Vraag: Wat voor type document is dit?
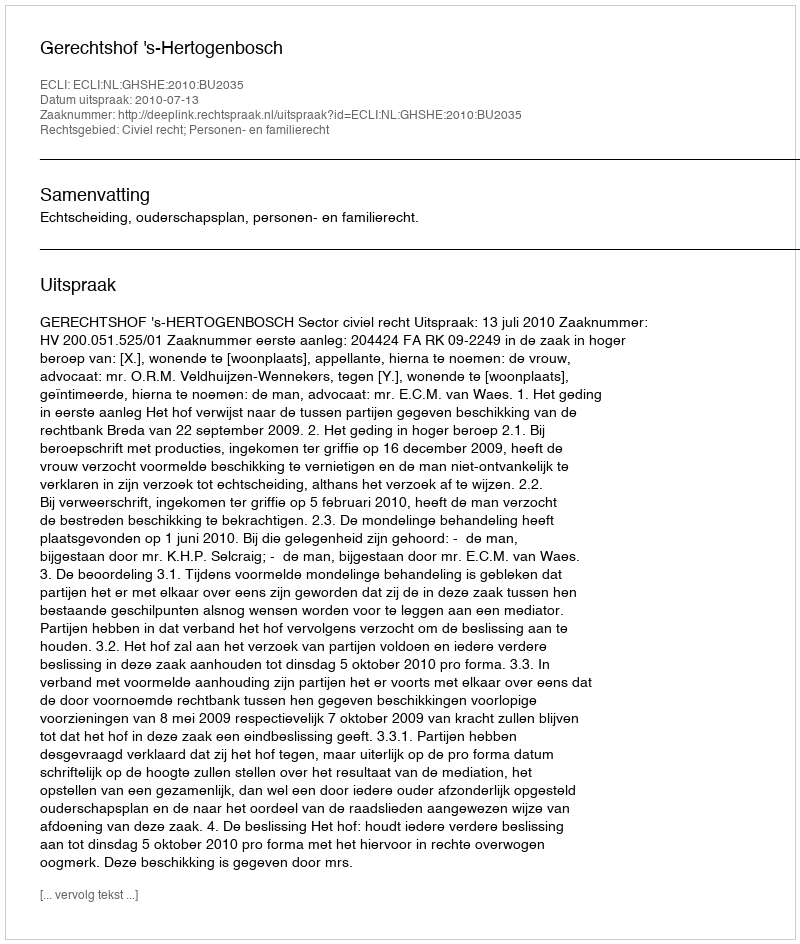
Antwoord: Uitspraak